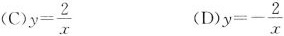
（C)） $$y= \frac{2}{x}$$ (D) $$)y=- \frac{2}{x}$$